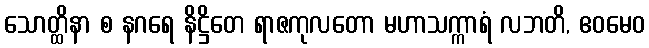
သောတ္ထိနာ စ နဂရေ နိဋ္ဌိတေ ရာဇကုလတော မဟာသက္ကာရံ လဘတိ, ဧဝမေဝ